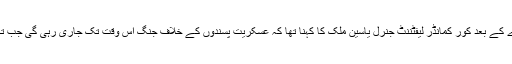
پشاور میں مرنے والوں کے جنازے کے بعد کور کمانڈر لیفٹننٹ جنرل یاسین ملک کا کہنا تھا کہ عسکریت پسندوں کے خلاف جنگ اس وقت تک جاری رہی گی جب تک ان کا مکمل خاتمہ نہیں کیا جاتا۔